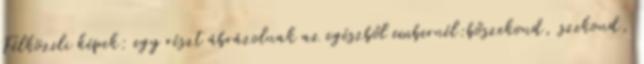
Félközeli képek: egy részt ábrázolnak az egészből embernél:bőszekond, szekond,